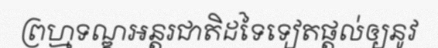
ព្រហ្មទណ្ឌអន្តរជាតិដទៃទៀតផ្តល់ឲ្យនូវ